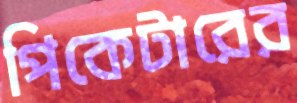
পিকেটারের